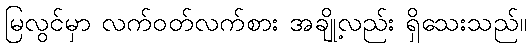
မြလွင်မှာ လက်ဝတ်လက်စား အချို့လည်း ရှိသေးသည်။